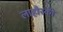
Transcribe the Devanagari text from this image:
लाहौरकी